Problem: 45 + 5 = ?
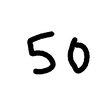
Handwritten answer: 50